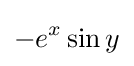
\,\!-e^{x}\sin y